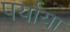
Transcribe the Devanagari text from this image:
पर्याया